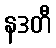
နဒတီ